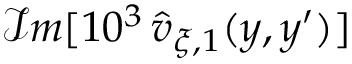
\mathcal { I } m [ 1 0 ^ { 3 } \, \widehat { v } _ { \xi , 1 } ( y , y ^ { \prime } ) ]